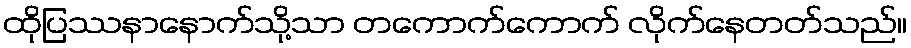
ထိုပြဿနာနောက်သို့သာ တကောက်ကောက် လိုက်နေတတ်သည်။